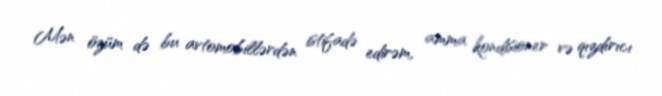
Mən özüm də bu avtomobillərdən istifadə edirəm, amma kondisioner və qızdırıcı